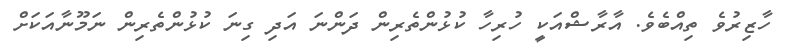
ހާޒިރުވެ ތިއްބެވެ. އާރާޝްއަކީ ހުރިހާ ކުޅުންތެރިން ދަންނަ އަދި ގިނަ ކުޅުންތެރިން ނަމޫނާއަކަށް